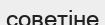
советіне